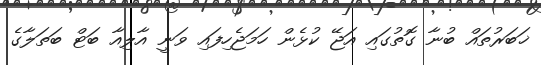
ޚަބަރުތައް ބުނާ ގޮތުގައި އަޖޭ ކުޅެން ހަމަޖެހިފައި ވަނީ އާލިއާ ބަޓް ބަތަލާގެ